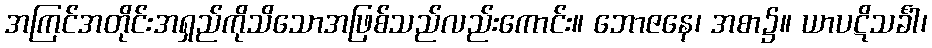
အကြင်အတိုင်းအရှည်ကိုသိသောအဖြစ်သည်လည်းကောင်း။ ဘောဇနေ၊ အစာ၌။ ယာပဋိသင်္ခါ၊